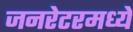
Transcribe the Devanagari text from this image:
जनरेटरमध्ये